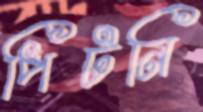
পিটনি